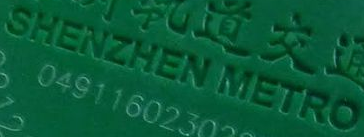
SHENZHEN METRO